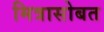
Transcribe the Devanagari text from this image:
मित्रासोबत